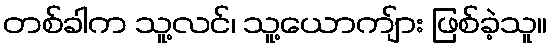
တစ်ခါက သူ့လင်၊ သူ့ယောကျ်ား ဖြစ်ခဲ့သူ။